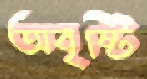
অবৃষ্টি